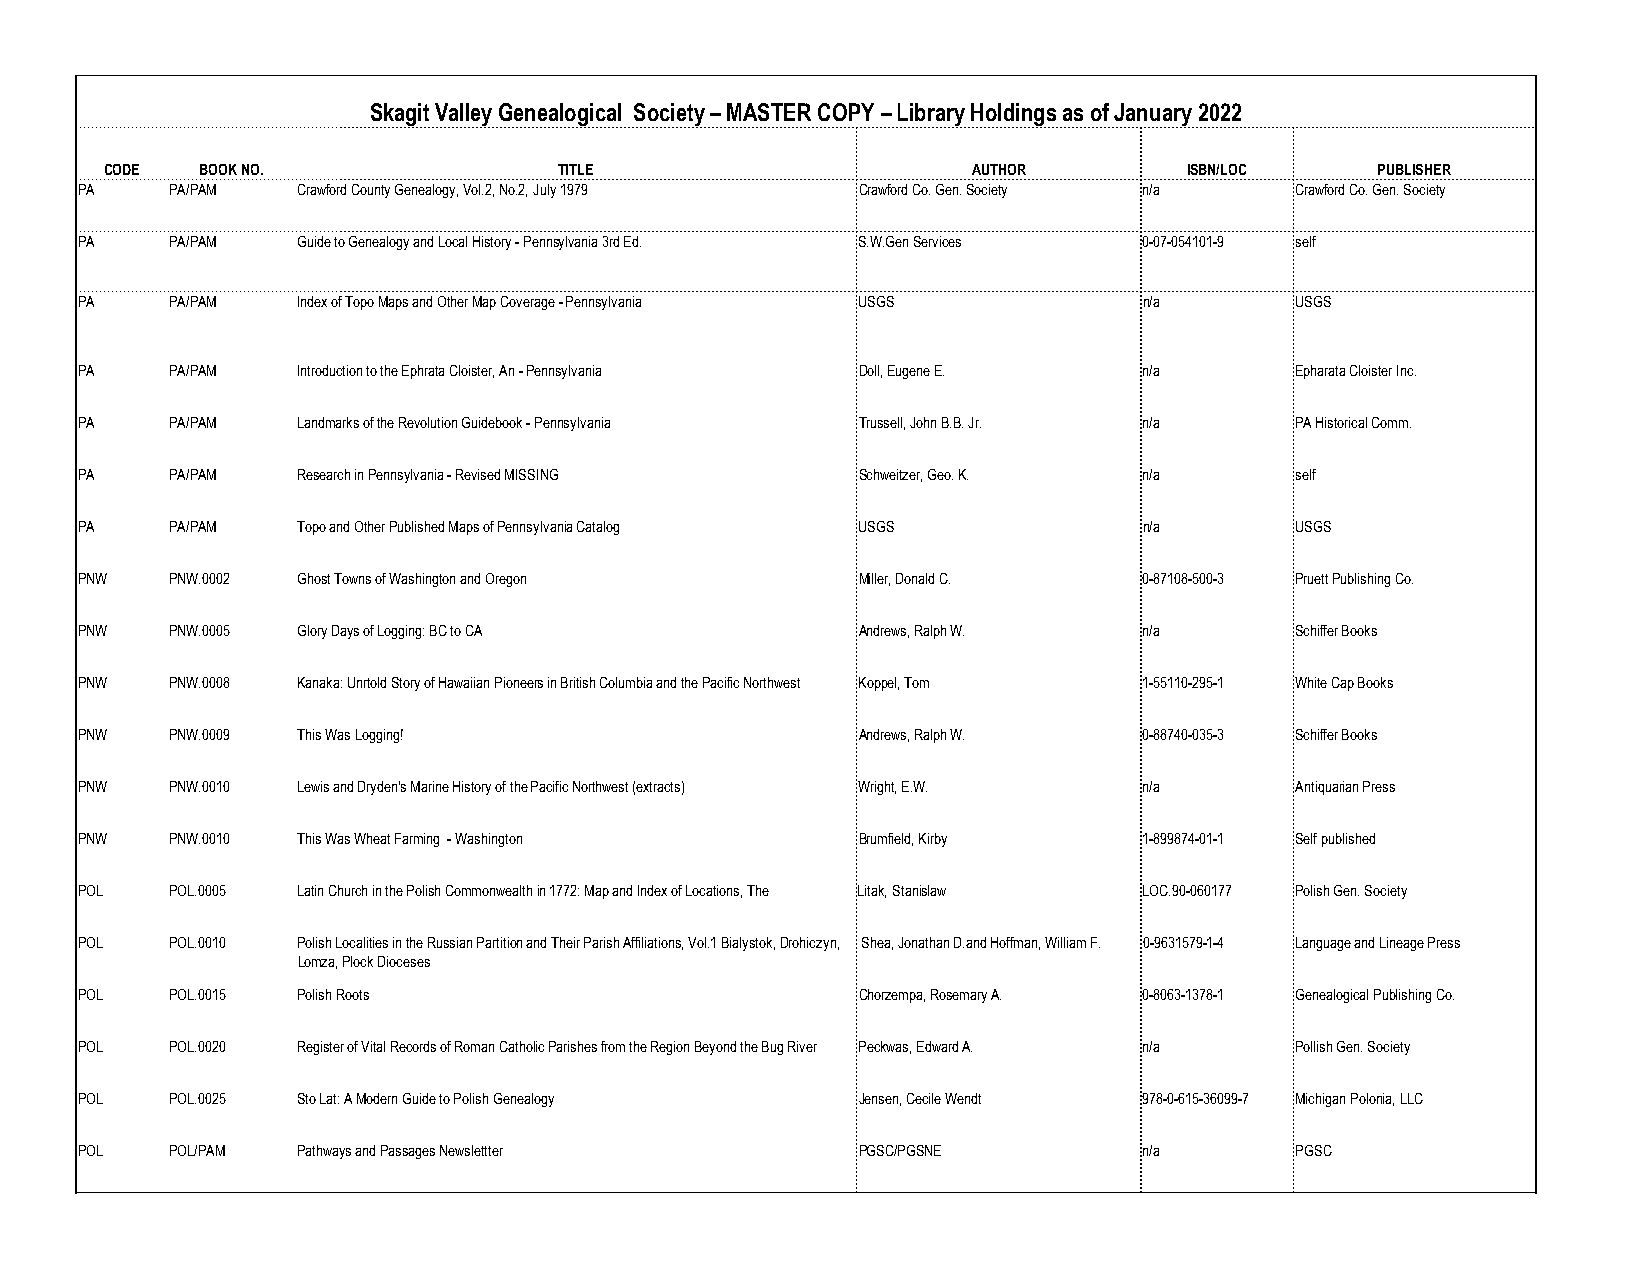
Skagit Valley Genealogical Society – MASTER COPY – Library Holdings as of January 2022
 CODE  BOOK NO.                TITLE                      AUTHOR         ISBN/LOC    PUBLISHER
 PA    PA/PAM   Crawford County Genealogy, Vol.2, No.2, July 1979 Crawford Co. Gen. Society n/a Crawford Co. Gen. Society
 PA    PA/PAM   Guide to Genealogy and Local History - Pennsylvania 3rd Ed. S.W.Gen Services 0-07-054101-9 self
 PA    PA/PAM   Index of Topo Maps and Other Map Coverage - Pennsylvania USGS n/a USGS
 PA    PA/PAM   Introduction to the Ephrata Cloister, An - Pennsylvania Doll, Eugene E. n/a Epharata Cloister Inc.
 PA    PA/PAM   Landmarks of the Revolution Guidebook - Pennsylvania Trussell, John B.B. Jr. n/a PA Historical Comm.
 PA    PA/PAM   Research in Pennsylvania - Revised MISSING Schweitzer, Geo. K. n/a self
 PA    PA/PAM   Topo and Other Published Maps of Pennsylvania Catalog USGS n/a    USGS
 PNW   PNW.0002 Ghost Towns of Washington and Oregon Miller, Donald C.  0-87108-500-3 Pruett Publishing Co.
 PNW   PNW.0005 Glory Days of Logging: BC to CA      Andrews, Ralph W.  n/a       Schiffer Books
 PNW   PNW.0008 Kanaka: Unrtold Story of Hawaiian Pioneers in British Columbia and the Pacific Northwest Koppel, Tom 1-55110-295-1 White Cap Books
 PNW   PNW.0009 This Was Logging!                    Andrews, Ralph W.  0-88740-035-3 Schiffer Books
 PNW   PNW.0010 Lewis and Dryden's Marine History of the Pacific Northwest (extracts) Wright, E.W. n/a Antiquarian Press
 PNW   PNW.0010 This Was Wheat Farming - Washington  Brumfield, Kirby   1-899874-01-1 Self published
 POL   POL.0005 Latin Church in the Polish Commonwealth in 1772: Map and Index of Locations, The Litak, Stanislaw LOC.90-060177 Polish Gen. Society
 POL   POL.0010 Polish Localities in the Russian Partition and Their Parish Affiliations, Vol.1 Bialystok, Drohiczyn, Shea, Jonathan D.and Hoffman, William F. 0-9631579-1-4 Language and Lineage Press
 Lomza, Plock Dioceses
 POL   POL.0015 Polish Roots                         Chorzempa, Rosemary A. 0-8063-1378-1 Genealogical Publishing Co.
 POL   POL.0020 Register of Vital Records of Roman Catholic Parishes from the Region Beyond the Bug River Peckwas, Edward A. n/a Pollish Gen. Society
 POL   POL.0025 Sto Lat: A Modern Guide to Polish Genealogy Jensen, Cecile Wendt 978-0-615-36099-7 Michigan Polonia, LLC
 POL   POL/PAM  Pathways and Passages Newslettter    PGSC/PGSNE         n/a       PGSC